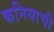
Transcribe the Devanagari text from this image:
कनियाची